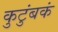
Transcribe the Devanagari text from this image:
कुटुंबकं